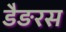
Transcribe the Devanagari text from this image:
डैङरस